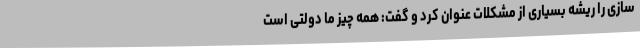
سازی را ریشه بسیاری از مشکلات عنوان کرد و گفت: همه چیز ما دولتی است